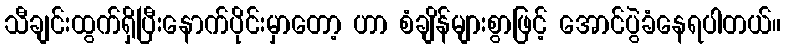
သီချင်းထွက်ရှိပြီးနောက်ပိုင်းမှာတော့ ဟာ စံချိန်များစွာဖြင့် အောင်ပွဲခံနေရပါတယ်။